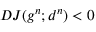
D J ( g ^ { n } ; d ^ { n } ) < 0